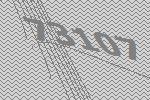
73107